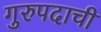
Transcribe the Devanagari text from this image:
गुरुपदाची